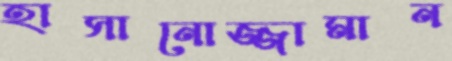
হাসানোজ্জামান